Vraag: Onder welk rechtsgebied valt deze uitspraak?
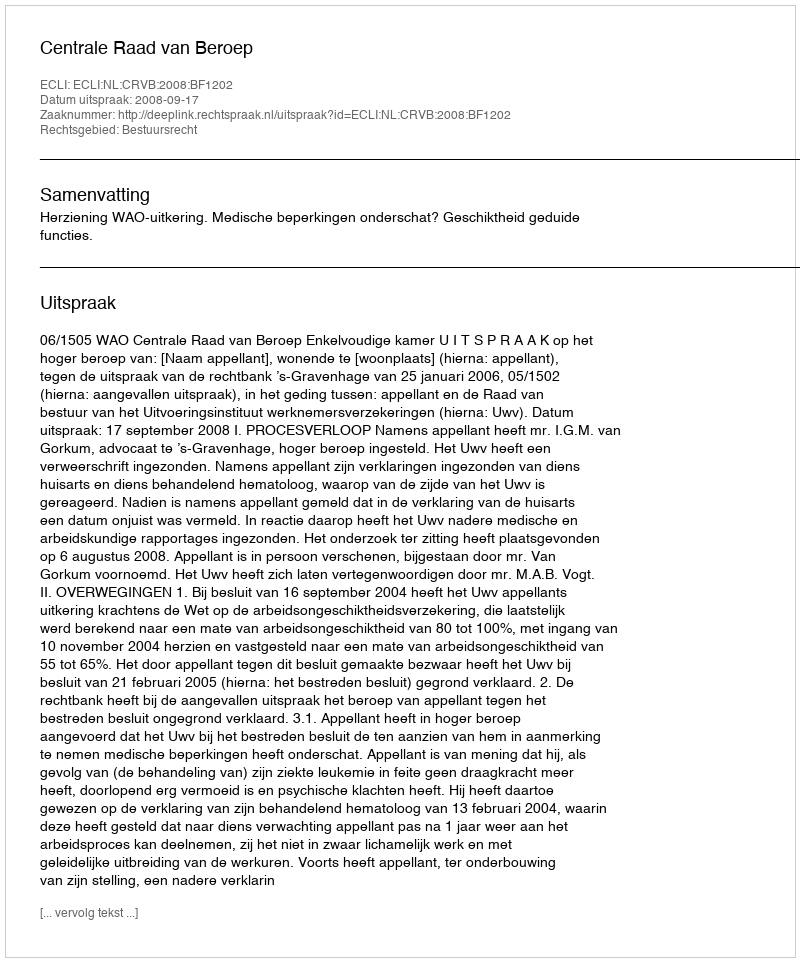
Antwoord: Bestuursrecht